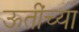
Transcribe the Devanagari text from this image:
ऊतींच्या